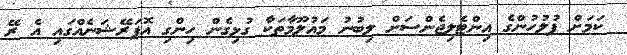
ކަމަށް ފުލުހުންގެ އިންޓެލިޖެންސަށް ލިބުނު މައުލޫމާތަކާ ގުޅިގެން ހިންގި އޮޕަރޭޝަނެއްގައި އެ ރޭ